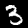
Label: 3